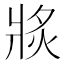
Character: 𱭗